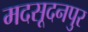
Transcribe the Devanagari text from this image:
मदसूदनपुर